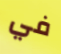
في